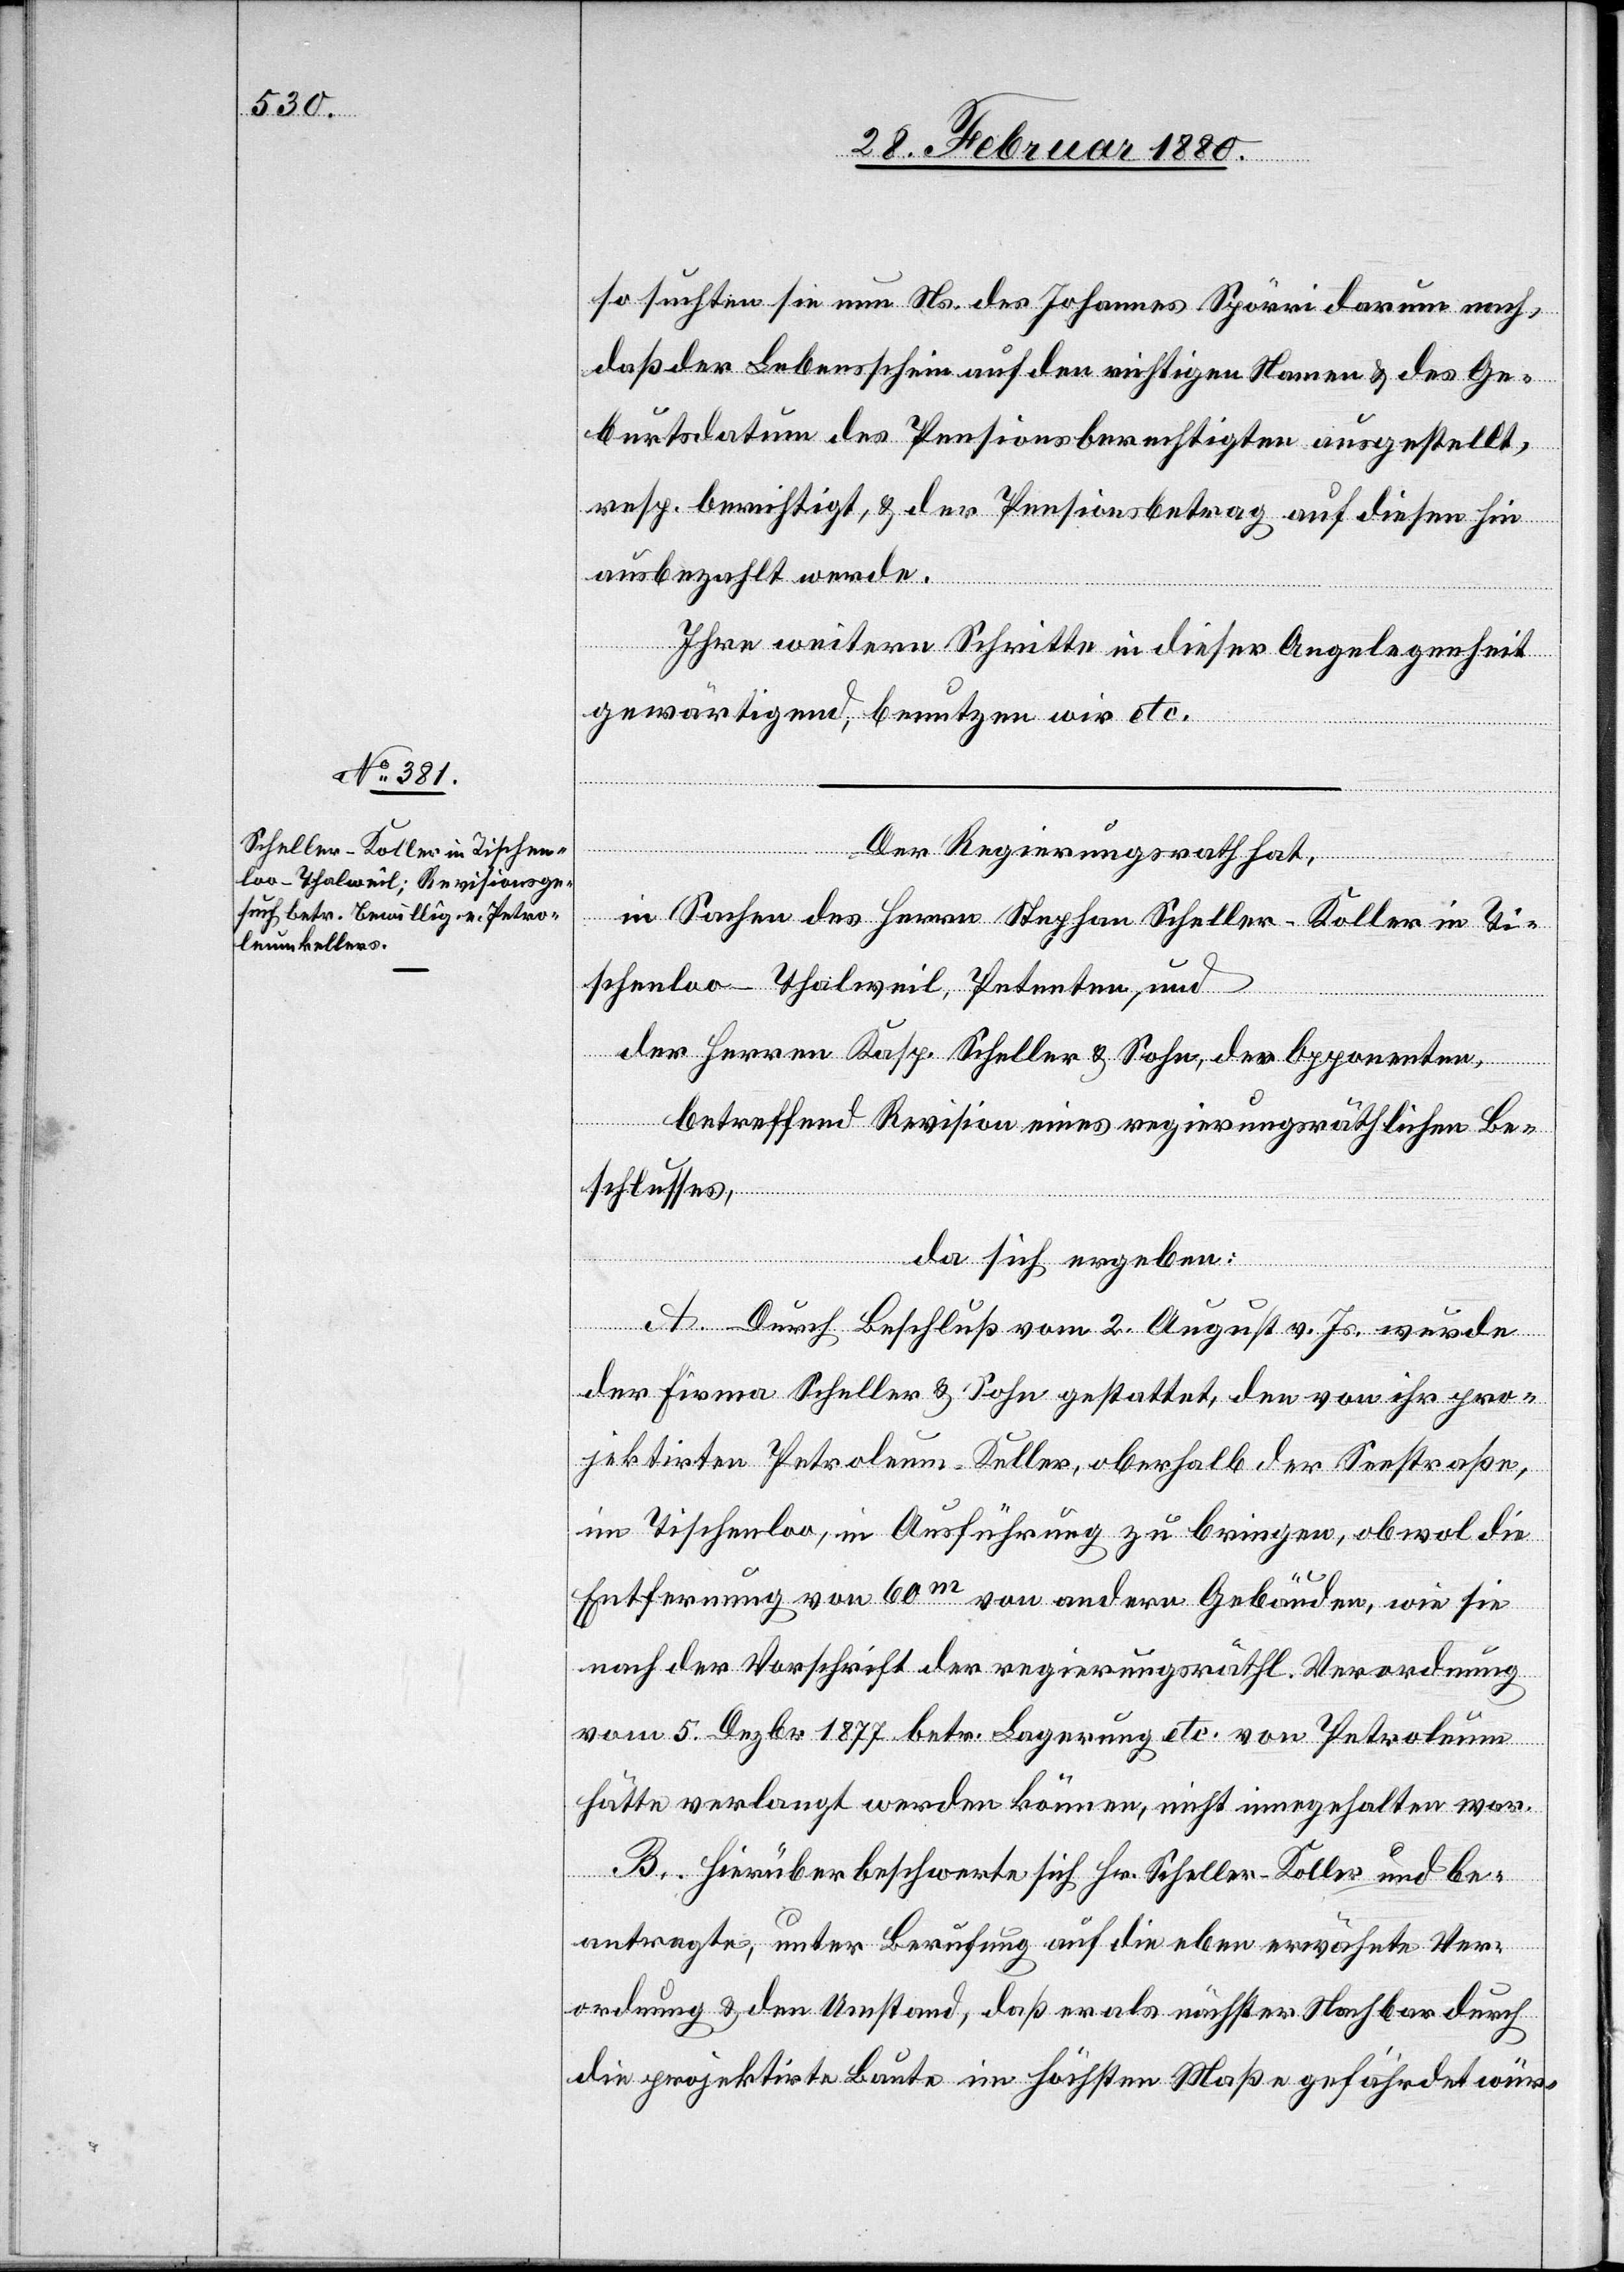
so suchten sie nun Ns. des Johannes Spörri darum nach,
daß der Lebensschein auf den richtigen Namen & des [re¬
burtsdatum des Pensionsberechtigten ausgestellt,
resp. berichtigt, & der Pensionsbetrag auf diesen hin
ausbezahlt werde.
Ihre weitern Schritte in dieser Angelegenheit
gewärtigend, benutzen wir etc.
Ge¬
Der Regierungsrath hat,
in Sachen des Herrn Stephan Scheller-Koller in Ti¬
schenloo - Thalweil, Petenten und
der Herren Kasp. Scheller & Sohn, der Opponenten,
cte:
betreffend Revision eines regierungsräthlichen Be¬
schlusses,
da sich ergeben:
A. Durch Beschluß vom 2. August v. Js. wurde
der Firma Scheller & Sohn gestattet, den von ihr pro¬
jektirten Petroleum-Keller, oberhalb der Seestraße,
im Tischenloo, in Ausführung zu bringen, obwol die
Entfernung von 60m von andern Gebäuden, wie sie
nach der Vorschrift der regierungsräthl. Verordnung
vom 5. Dezbr. 1877 betr. Lagerung etc. von Petroleum
hätte verlangt werden können, nicht innegehalten war.
B. Hierüber beschwerte sich Hr. Scheller-Koller und be¬
antragte, unter Berufung auf die eben erwähnte Ver¬
ordnung & den Umstand, daß er als nächster Nachbar durch
die projektirte Baute im höchsten Maße gefährdet wür-

das]